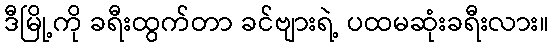
ဒီမြို့ကို ခရီးထွက်တာ ခင်ဗျားရဲ့ ပထမဆုံးခရီးလား။